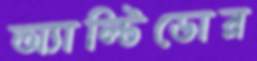
অ্যাল্টিডোর